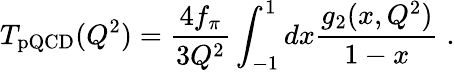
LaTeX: T_{\mathrm{pQCD}}(Q^{2})={\frac{4f_{\pi}}{3Q^{2}}}\int_{-1}^{1}dx{\frac{g_{2}(x,Q^{2})}{1-x}}\; .